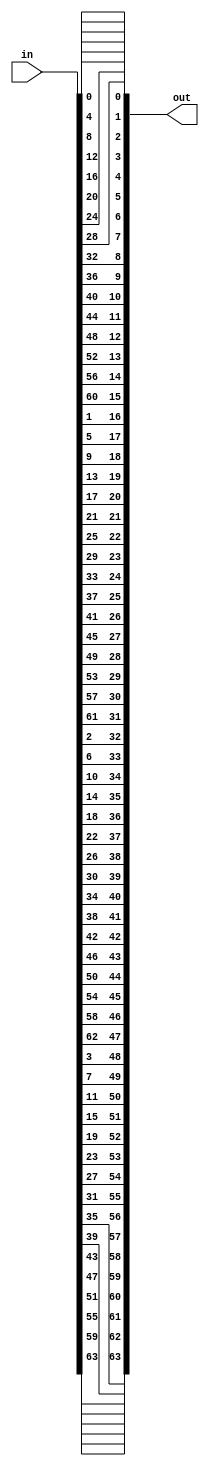
(* fv_strat = "flatten" *)
module MSKpermbox #(parameter d=1) (in, out);

	input  [64*d-1:0] in;
	output [64*d-1:0] out;

			genvar i;
			generate
			for(i=0; i<63; i=i+1)
				begin: permbundelI
					assign out[(((i*16) % 63)+1)*d-1  -: d] = in[(i+1)*d-1  -: d];
				end
			endgenerate
			assign out[(63+1)*d-1  -: d] = in[(63+1)*d-1  -: d];

endmodule